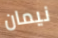
نيمان